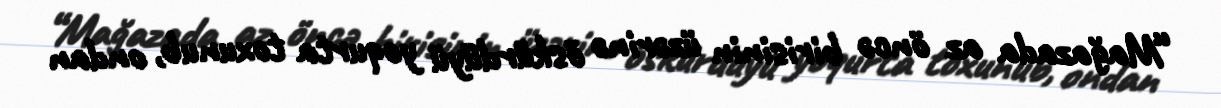
“Mağazada az öncə birisinin üzərinə öskürdüyü yoqurta toxunub, ondan